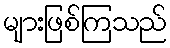
များဖြစ်ကြသည်